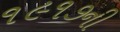
૧૯૧૭ની